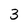
Character: 3